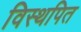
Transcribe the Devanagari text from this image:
विस्थपित